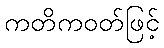
ကတိကဝတ်ဖြင့်